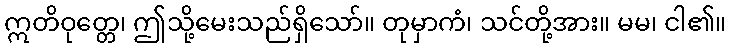
ဣတိဝုတ္တေ၊ ဤသို့မေးသည်ရှိသော်။ တုမှာကံ၊ သင်တို့အား။ မမ၊ ငါ၏။